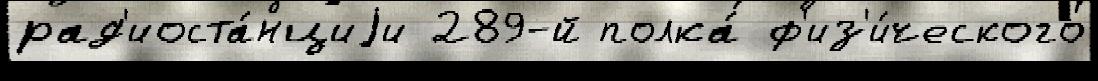
рад'иоста́нциjи 289-й полка́ ф'из'и́ческого